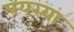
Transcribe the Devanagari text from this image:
पयस्या